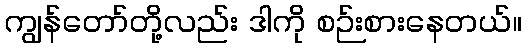
ကျွန်တော်တို့လည်း ဒါကို စဉ်းစားနေတယ်။